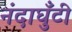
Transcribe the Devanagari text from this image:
नंदाघुँटी